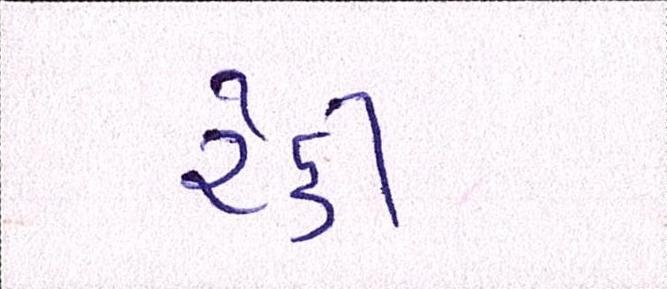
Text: રેકી